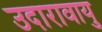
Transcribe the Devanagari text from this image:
उदारावायु